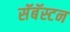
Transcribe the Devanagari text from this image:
सॅबॅस्टन